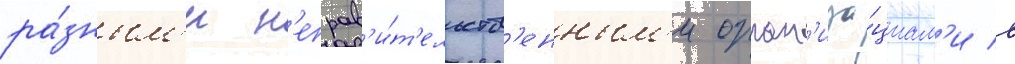
ра́зным'и н'еправ'и́т'ельств'енным'и орган'иза́циам'и в